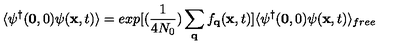
\langle \psi ^ { \dagger } ( { \bf { 0 } } , 0 ) \psi ( { \bf { x } } , t ) \rangle = e x p \mathrm { } [ \mathrm { } ( \frac { 1 } { 4 N _ { 0 } } ) \sum _ { { \bf { q } } } f _ { { \bf { q } } } ( { \bf { x } } , t ) \mathrm { } ] \langle \psi ^ { \dagger } ( { \bf { 0 } } , 0 ) \psi ( { \bf { x } } , t ) \rangle _ { f r e e }